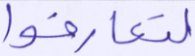
لتعارفوا